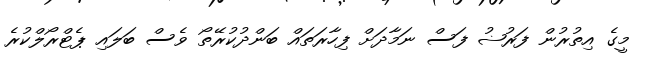
މީގެ އިތުރުން ފަރުޟު ފަސް ނަމާދަށް ފިހާރަތައް ބަންދުކުރޭތޯ ވެސް ބަލައި ޕެޓްރޯލްކުރެ